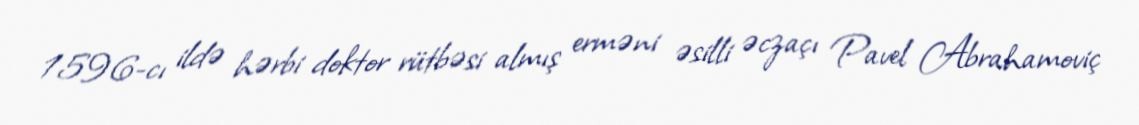
1596-cı ildə hərbi doktor rütbəsi almış erməni əsilli əczaçı Pavel Abrahamoviç